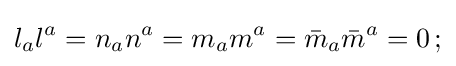
l_{a}l^{a}=n_{a}n^{a}=m_{a}m^{a}={\bar {m}}_{a}{\bar {m}}^{a}=0\,;